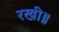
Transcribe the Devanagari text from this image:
रखी॥